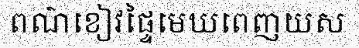
ពណ៌ខៀវផ្ទៃមេឃពេញយស